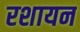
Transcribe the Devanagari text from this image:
रशायन